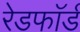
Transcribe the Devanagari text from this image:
रेडफाॅर्ड